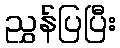
ညွှန်ပြပြီး